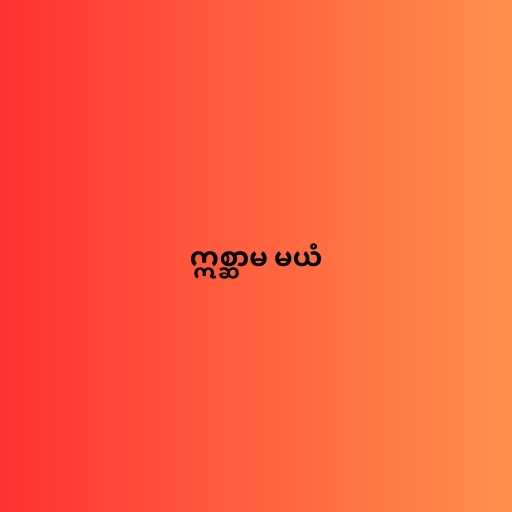
ဣစ္ဆာမ မယံ